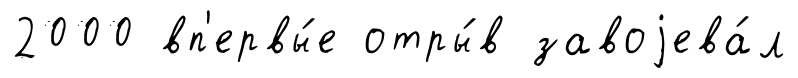
2000 вп'ервы́е отры́в завоjева́л